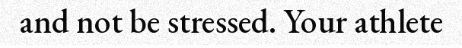
and not be stressed. Your athlete